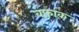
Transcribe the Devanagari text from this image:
वफ़ाक़